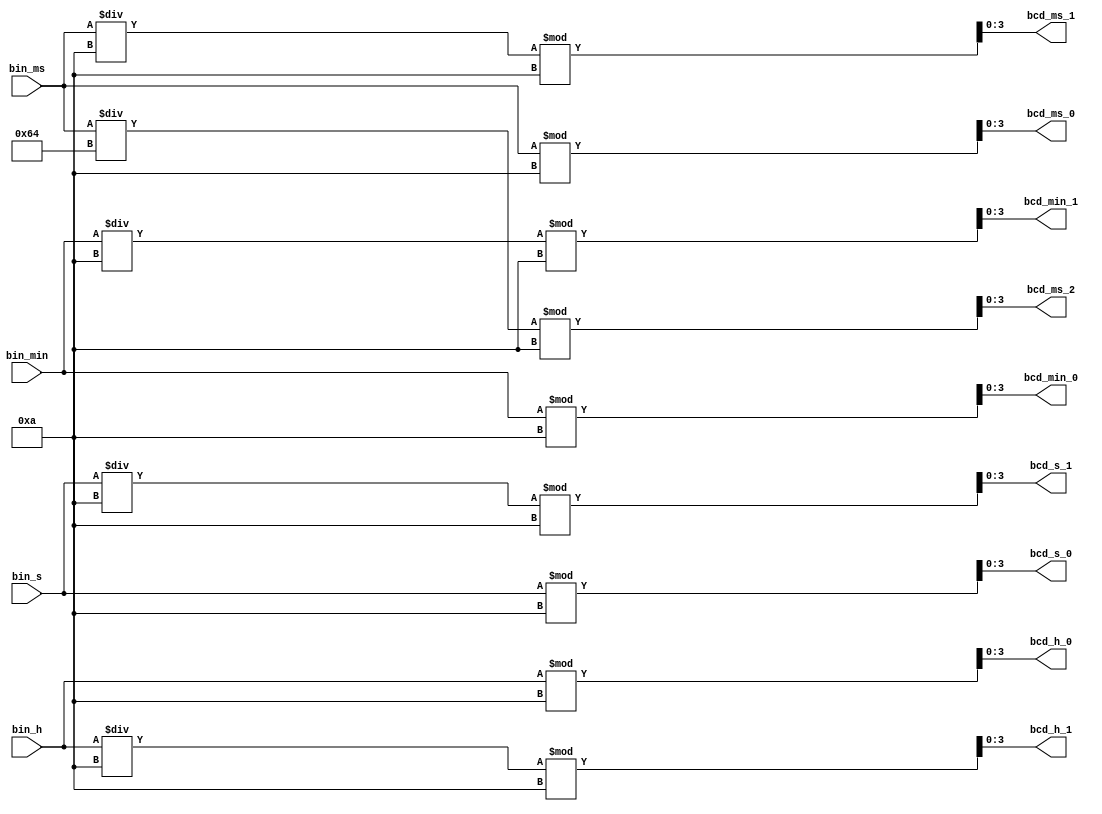
module bin2bcd (
    bin_h,                              // Hours Passed input
    bin_min,                            // Minutes Passed input
    bin_s,                              // Seconds Passed input
    bin_ms,                             // Milliseconds Passed input
    bcd_h_0, bcd_h_1,                   // Hours Passed Output
    bcd_min_0, bcd_min_1 ,              // Minutes Passed Output
    bcd_s_0, bcd_s_1,                   // Seconds Passed Output
    bcd_ms_0, bcd_ms_1, bcd_ms_2        // Milliseconds Passed Output
);

// Defining I/O
input [6:0] bin_h;
input [5:0] bin_min;
input [5:0] bin_s;
input [9:0] bin_ms;

output [3:0] bcd_h_0, bcd_h_1;
output [3:0] bcd_min_0, bcd_min_1;
output [3:0] bcd_s_0, bcd_s_1;
output [3:0] bcd_ms_0, bcd_ms_1, bcd_ms_2;

// Defining Data Types

wire [6:0] bin_h;
wire [5:0] bin_min;
wire [5:0] bin_s;
wire [9:0] bin_ms;

reg [3:0] bcd_h_0, bcd_h_1;
reg [3:0] bcd_min_0, bcd_min_1;
reg [3:0] bcd_s_0, bcd_s_1;
reg [3:0] bcd_ms_0, bcd_ms_1, bcd_ms_2;

// Code

always @(*) begin
    bcd_h_0 <= bin_h % 10;
    bcd_h_1 <= (bin_h/10) % 10;

    bcd_min_0 <= bin_min % 10;
    bcd_min_1 <= (bin_min / 10) % 10;

    bcd_s_0 <= bin_s % 10;
    bcd_s_1 <= (bin_s / 10) % 10;

    bcd_ms_0 <= bin_ms % 10;
    bcd_ms_1 <= (bin_ms / 10) % 10;
    bcd_ms_2 <= (bin_ms /100) % 10;
end

endmodule